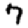
Digit: 7